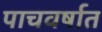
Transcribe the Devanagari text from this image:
पाचवर्षात